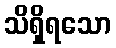
သိရှိရသော